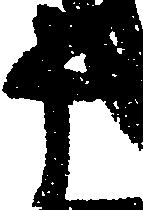
十